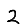
Digit: 2